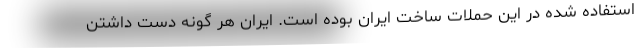
استفاده شده در این حملات ساخت ایران بوده است. ایران هر گونه دست داشتن